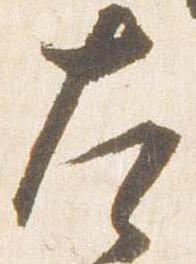
左